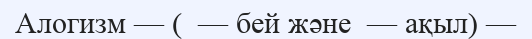
Алогизм — (  — бей және  — ақыл) —